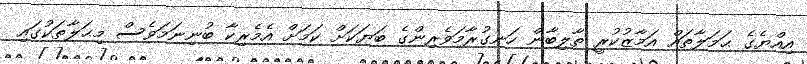
އިއްޔެގެ ޙަމަލާތައް އަމާޒުކުރީ ތާލިބާން ހަނގުރާމަވެރިންގެ ބަޔަކަށް ކަމަށް އެމެރިކާ ބުނިނަމަވެސް މިޙަލާތަކުގައި